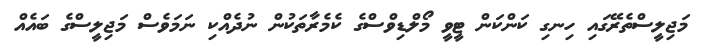
މަޖިލީސްތެރޭގައި ހިނގި ކަންކަން ޓީވީ މޯލްޑިވްސްގެ ކެމެރާތަކުން ނުދެއްކި ނަމަވެސް މަޖިލީސްގެ ބައެއް